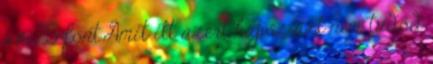
az 25 font.Amit itt azért kapsz azt nem tudod